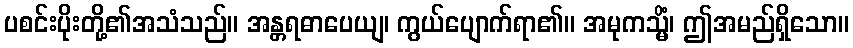
ပစင်းပိုးတို့၏အသံသည်။ အန္တရဓာပေယျ၊ ကွယ်ပျောက်ရာ၏။ အမုကသ္မိံ၊ ဤအမည်ရှိသော။